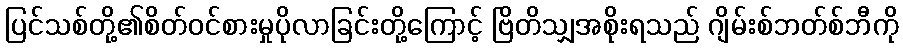
ပြင်သစ်တို့၏စိတ်ဝင်စားမှုပိုလာခြင်းတို့ကြောင့် ဗြိတိသျှအစိုးရသည် ဂျိမ်းစ်ဘတ်စ်ဘီကို